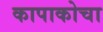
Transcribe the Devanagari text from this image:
कापाकोचा